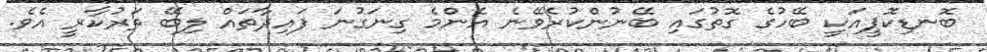
ބޮނޑިކޮޕީއަކީ ބޭހުގެ ގޮތުގައި ބޭނުންކުރެވޭނެ އެންމެ ގިނަގުނަ ފައިދާތައް ލިބޭ ތަރުކާރީ އެވެ.